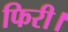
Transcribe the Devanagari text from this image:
फिरी।